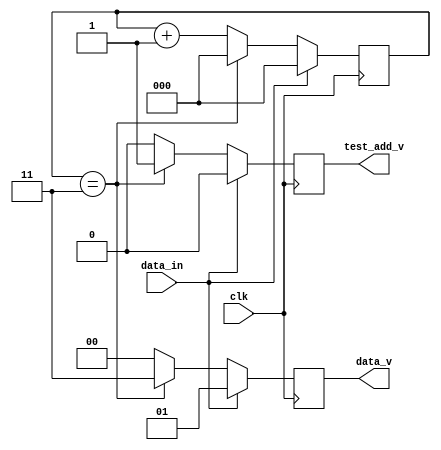
module hdb3_add_v(
    input clk,
    input data_in,
    output reg [1:0]data_v,
	 output reg test_add_v
);

parameter HDB3_0 = 2'B00; 
parameter HDB3_1 = 2'B01; 
parameter HDB3_V = 2'B11; 
parameter HDB3_B = 2'B10; 

reg [2:0]count=0;
always @(posedge clk) begin
  if(data_in== 1'b1) begin
    count<=0; 
    data_v<=2'b01;
	 test_add_v<=0;
  end
  else begin
    count<=count+1;
    if(count==3)begin
		test_add_v<=1;
      data_v<=2'b11;
      count<=0;
    end
    else begin
		test_add_v<=0;
      data_v<=2'b00;
		end
  end
  
end

endmodule